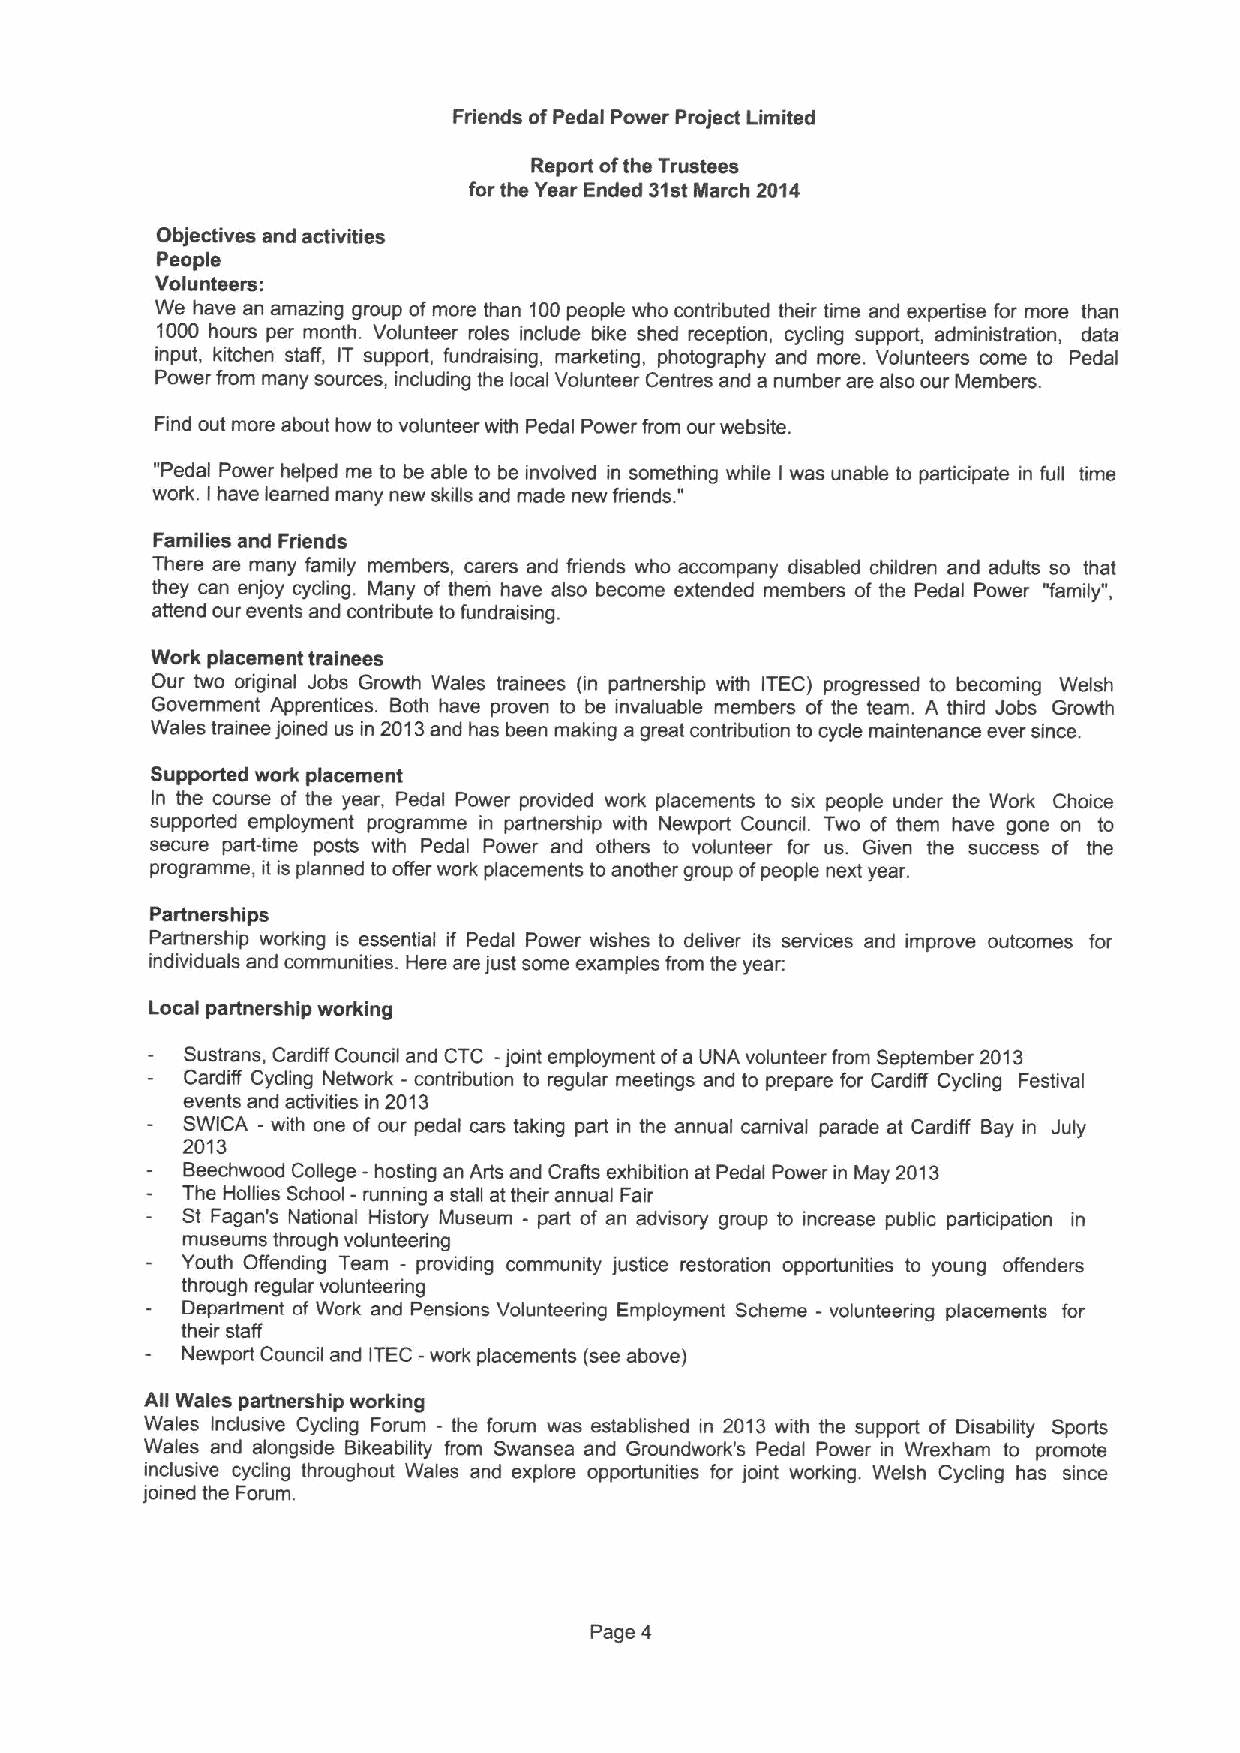
Friends ofPedal Power Project Limited
 Report ofthe Trustees
 for the Year Ended 31stMarch 2014
 Objectives and activities
 People
 Volunteers:
 We have an amazing group ofmore than 100people who contributed their time and expertise for more than
 1000 hours per month. Volunteer roles include bike shed reception, cycling support, administration, data
 input, kitchen staff, IT support, fundraising, marketing, photography and more. Volunteers come to Pedal
 Power from many sources, including the local Volunteer Centres and a number are also our Members.
 Find out more about how to volunteer with Pedal Power from our website.
 "Pedal Power helped me to be able to be involved in someth "ing while I was unable to participate in full time
 work. I have teamed many new skills and made new friends.
 Families and Friends
 There are many family members, carers and friends who accompany disabled children and adults so that
 they can enjoy cycling. Many of them have also become extended members of Ihe Pedal Power "family",
 attend our events and contribute to fundraising.
 Work placement trainees
 Our two original Jobs Growth Wales trainees (in partnership with ITEC) progressed to becoming Welsh
 Government Apprentices. Both have proven to be invaluable members of the team. A third Jobs Growth
 Wales trainee joined us in 2013and has been making a great contribution to cycle maintenance ever since.
 Supported work placement
 In the course of the year, Pedal Power provided work placements to six people under the Work Choice
 supported employment programme in partnership with Newport Council. Two of them have gone on to
 secure part-time posts with Pedal Power and others to volunteer for us. Given the success of the
 programme, it is planned to offer work placements to another group ofpeople next year.
 Partnerships
 Partnership working is essential if Pedal Power wishes to deliver its services and improve outcomes for
 individuals and communities. Here are just some examples from the year:
 Local partnership working
 Sustrans, Cardiff Council and CTC - joint employment ofa UNA volunteer from September 2013
 Cardiff Cycling Network - contribution to regular meetings and to prepare for Cardiff Cycling Festival
 events and activities in 2013
 SWICA - with one of our pedal cars taking part in the annual carnival parade at Cardiff Bay in July
 2013
 Beechwood College - hosting an Arts and Crafts exhibition at Pedal Power in May 2013
 The Hollies School - running a stall at their annual Fair
 St Fagan's National History Museum - part of an advisory group to increase public participation in
 museums through volunteering
 Youth Offending Team - providing community justice restoration opportunities to young offenders
 through regular volunteering
 Department of Work and Pensions Volunteering Employment Scheme - volunteering placsments for
 their staff
 Newport Council and ITEC -work placements (see above)
 All Wales partnership working
 Wales Inclusive Cycling Forum - the forum was established in 2013 with the support of Disability Sports
 Wales and alongside Bikeability from Swansea and Groundwork's Pedal Power in Wrexham to promote
 inclusive cycling throughout Wales and explore opportunities for joint working. Welsh Cycling has since
 joined the Forum.
 Page 4